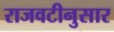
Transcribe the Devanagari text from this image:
राजवटीनुसार